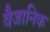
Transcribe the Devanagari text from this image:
वैजानिक